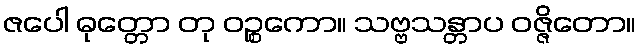
ဇပေါ ဓုတ္တော တု ဝဉ္စကော။ သဗ္ဗသန္တာပ ဝဇ္ဇိတော။